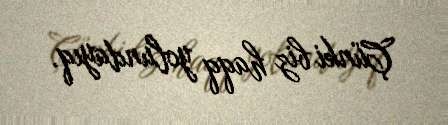
Çünki biz haqq yolundayıq.